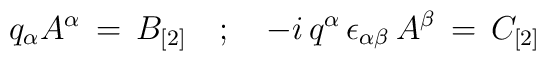
q_{\alpha} A^{\alpha} \, = \, B_{[2]} \quad ; \quad -i \,  q^{\alpha} \, \epsilon_{\alpha \beta} \, A^{\beta} \, = \, C_{[2]}